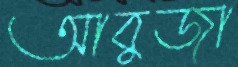
আবুজা